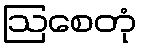
ဩစေတုံ